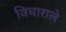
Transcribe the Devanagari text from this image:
विचाराले